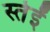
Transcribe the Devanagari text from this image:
स्तेईं